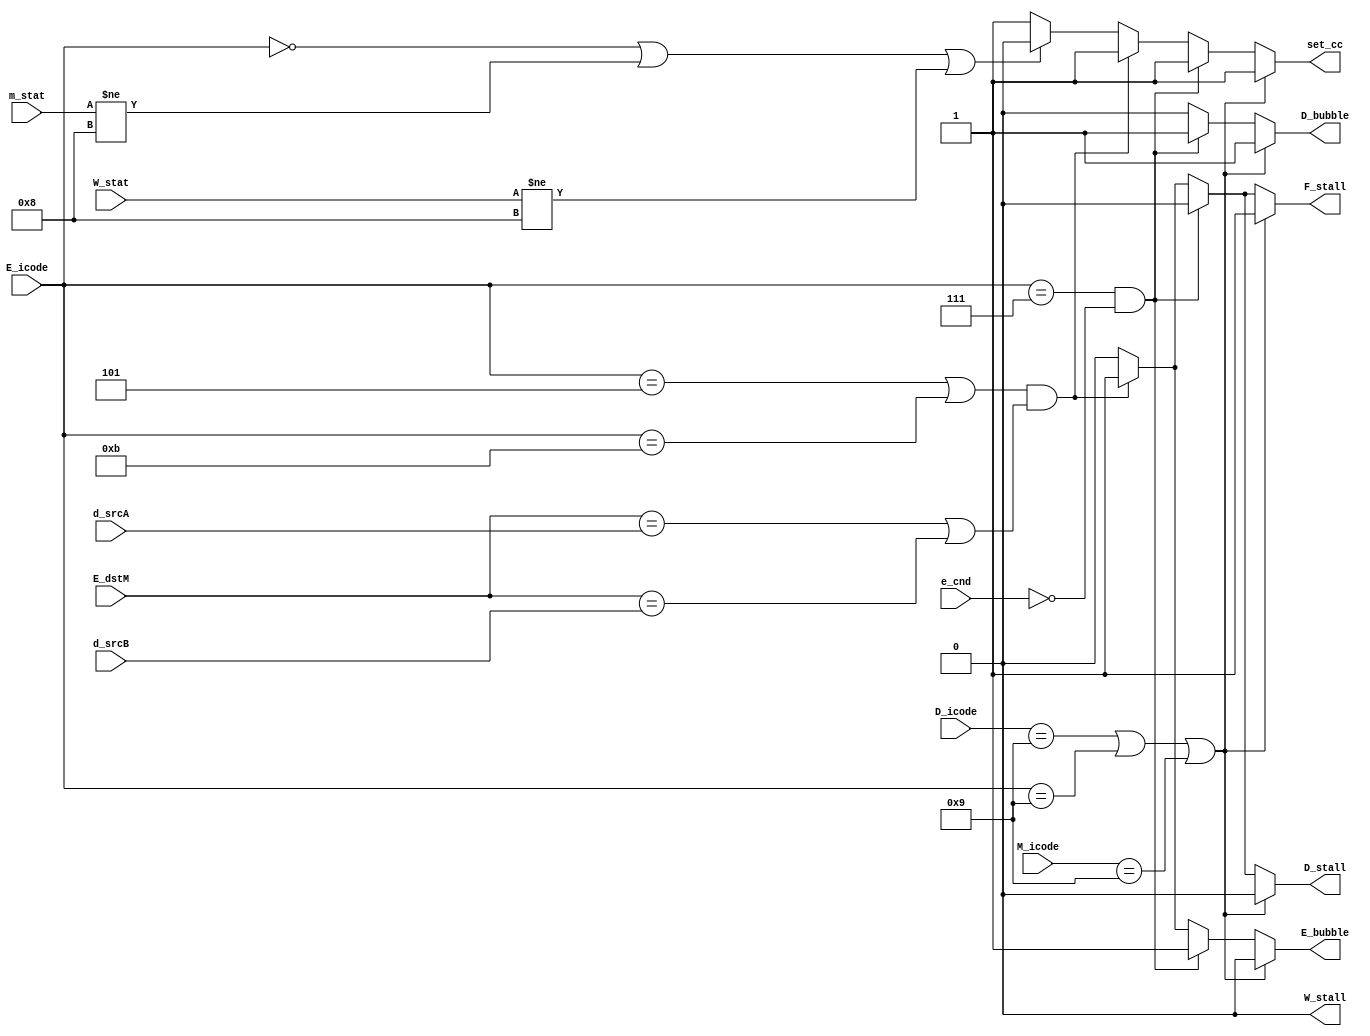
module pipe_control (
    F_stall,

    D_icode, d_srcA, d_srcB,
    D_stall, D_bubble,

    E_icode, E_dstM, e_cnd,
    E_bubble,

    M_icode, m_stat,

    W_stat,
    W_stall,
    set_cc
);

// all the inputs are used for calculating Fetch, Decode, Execute stalls and bubbles
input [3:0] D_icode, d_srcA, d_srcB;
input [3:0] E_icode, E_dstM;
input e_cnd;
input [3:0] M_icode;
input [0:3] m_stat;
input [0:3] W_stat;

// stall and bubble flags for all the stages (except mem and wb)
output reg set_cc, F_stall, D_stall, D_bubble, E_bubble, W_stall;

// setting bubble and stall flags for jump-misprediction, ret, and load-use hazard cases
always @(*)
begin
    F_stall = 0;
    D_stall = 0;
    D_bubble = 0;
    E_bubble = 0;
    //M_bubble = 0;
    W_stall = 0;
    set_cc = 1;

    if (D_icode==4'b1001 | E_icode==4'b1001 | M_icode==4'b1001) // stall/bubble condition for ret
    begin
       F_stall = 1'b1;
       D_bubble = 1'b1; 
    end
    else if (E_icode==4'b0111 & !e_cnd) // stall/bubble condition for Jump misprediction
    begin
        D_bubble = 1'b1;
        E_bubble = 1'b1;
    end
    else if((E_icode == 4'b0101 | E_icode == 4'b1011) & (E_dstM==d_srcA | E_dstM==d_srcB)) // stall/bubble condition for load-use hazard
    begin
        F_stall = 1'b1;
        D_stall = 1'b1;
        E_bubble = 1'b1;
    end
    else if(E_icode == 4'b0000 | m_stat!=4'b1000 | W_stat!=4'b1000)
    begin
        set_cc = 1'b0;
    end
end



endmodule